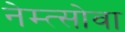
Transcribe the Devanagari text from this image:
नेम्त्सोवा